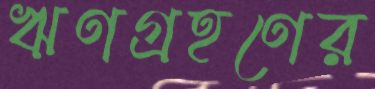
ঋণগ্রহণের